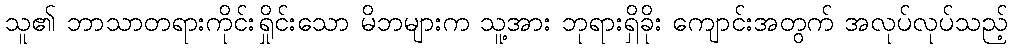
သူ၏ ဘာသာတရားကိုင်းရှိုင်းသော မိဘများက သူ့အား ဘုရားရှိခိုး ကျောင်းအတွက် အလုပ်လုပ်သည့်